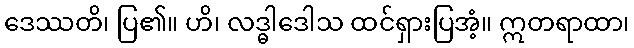
ဒေဿတိ၊ ပြ၏။ ဟိ၊ လဒ္ဓါဒေါသ ထင်ရှားပြအံ့။ ဣတရာထာ၊